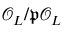
{ \mathcal { O } } _ { L } / { \mathfrak { p } } { \mathcal { O } } _ { L }